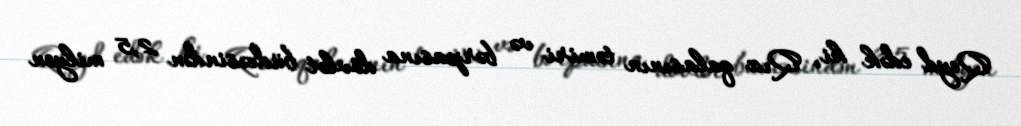
Qeyd edək ki, Qız qalasının təmiri və bərpasına dövlət büdcəsindən 2,5 milyon